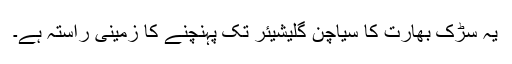
یہ سڑک بھارت کا سیاچن گلیشیئر تک پہنچنے کا زمینی راستہ ہے۔